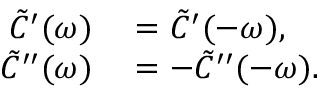
\begin{array} { r l } { \tilde { C } ^ { \prime } ( \omega ) } & { { } = \tilde { C } ^ { \prime } ( - \omega ) , } \\ { \tilde { C } ^ { \prime \prime } ( \omega ) } & { { } = - \tilde { C } ^ { \prime \prime } ( - \omega ) . } \end{array}